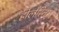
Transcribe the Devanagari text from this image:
होलेरिना